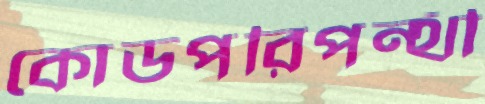
কোডপরিপন্থী